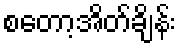
စတော့အိတ်ချိန်း